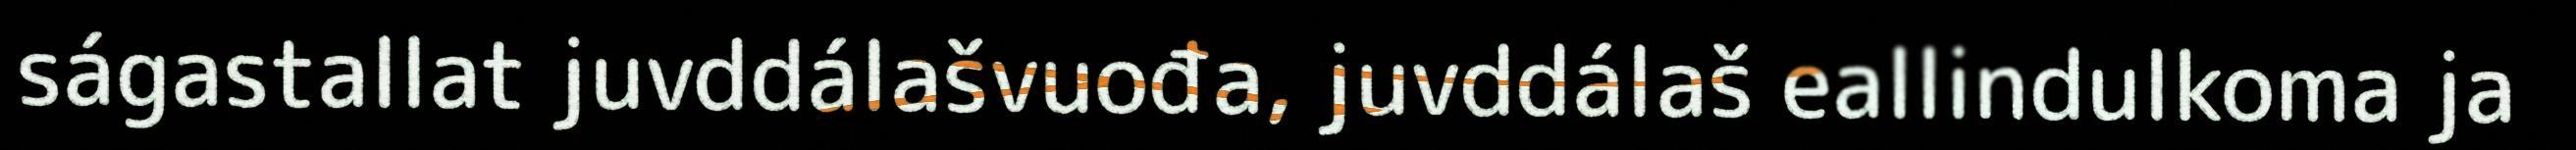
ságastallat juvddálašvuođa, juvddálaš eallindulkoma ja